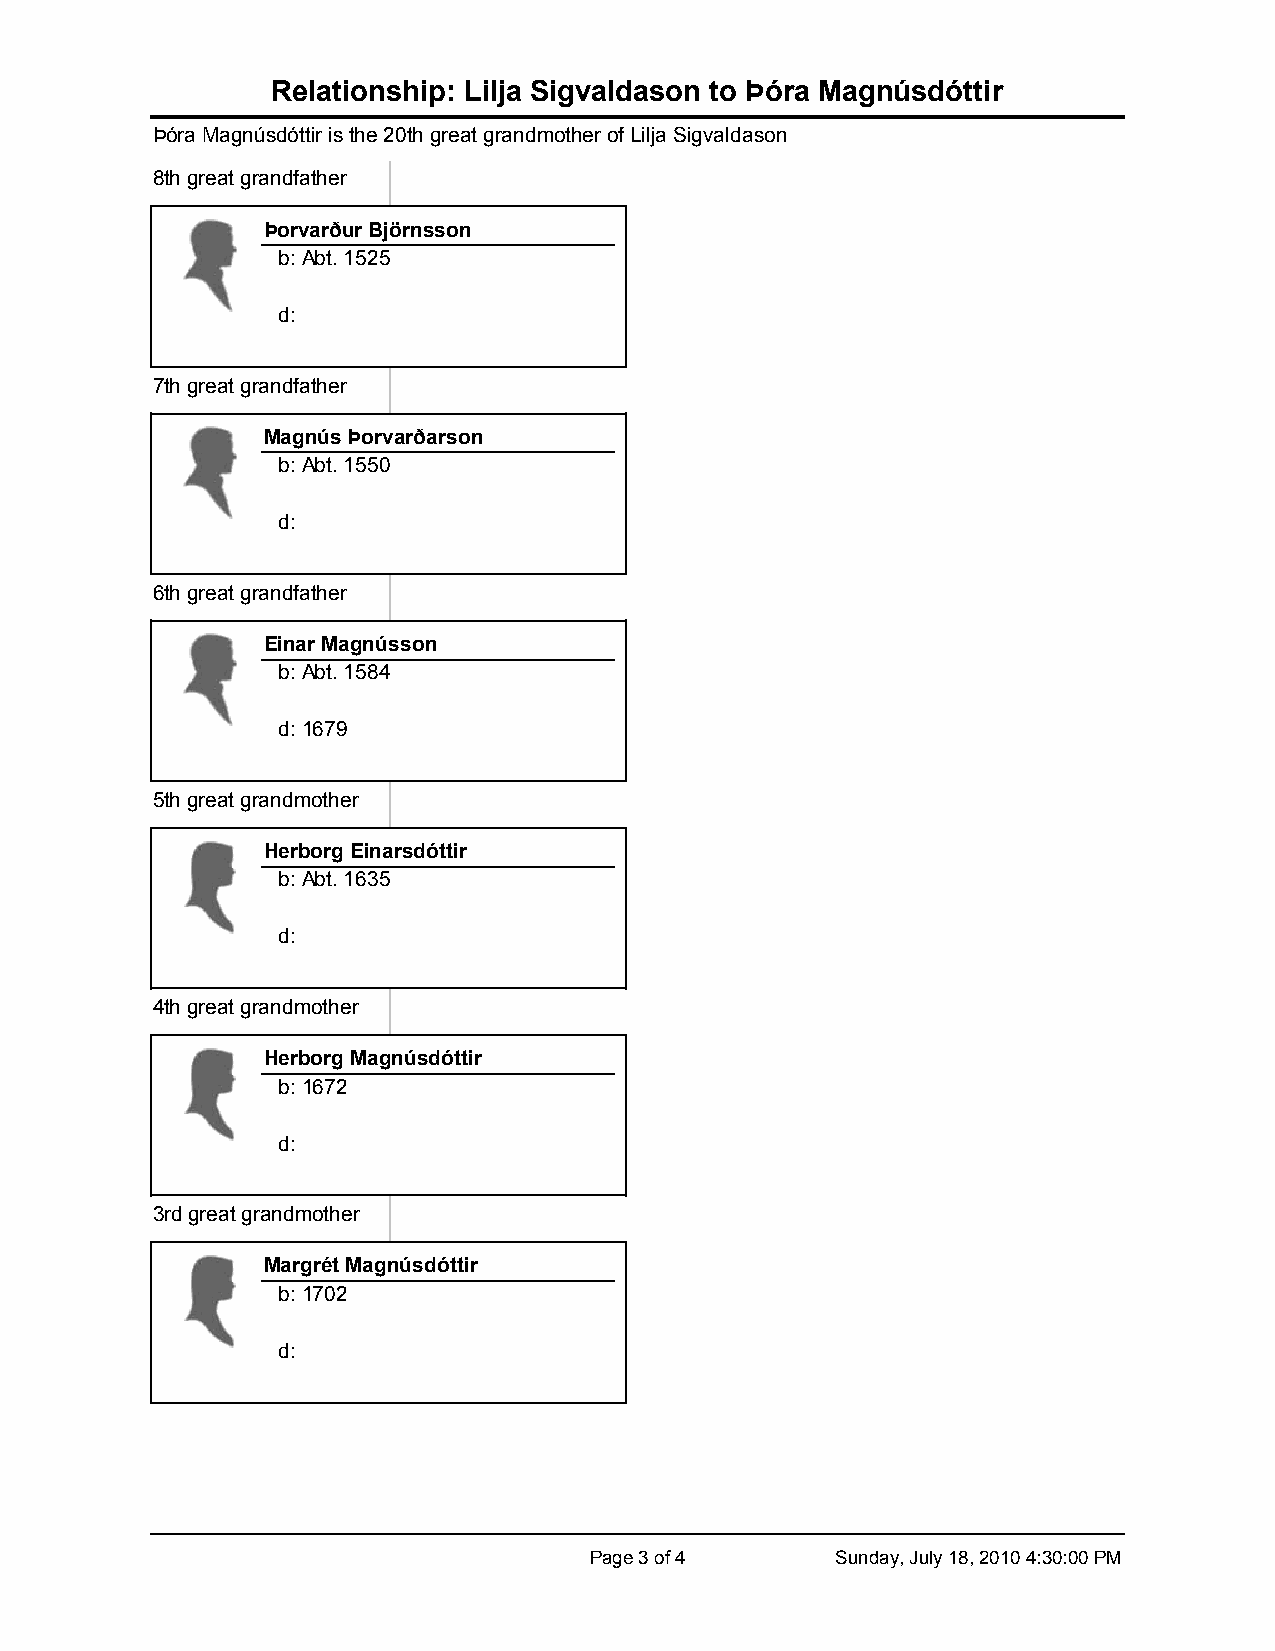
Relationship: Lilja Sigvaldason to Þóra Magnúsdóttir
 Þóra Magnúsdóttir is the 20th great grandmother of Lilja Sigvaldason
 8th great grandfather
 Þorvarður Björnsson
 b:Abt. 1525
 d:
 7th great grandfather
 Magnús Þorvarðarson
 b:Abt. 1550
 d:
 6th great grandfather
 Einar Magnússon
 b:Abt. 1584
 d:1679
 5th great grandmother
 Herborg Einarsdóttir
 b:Abt. 1635
 d:
 4th great grandmother
 Herborg Magnúsdóttir
 b:1672
 d:
 3rd great grandmother
 Margrét Magnúsdóttir
 b:1702
 d:
 Page 3 of 4     Sunday, July 18, 2010 4:30:00 PM